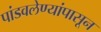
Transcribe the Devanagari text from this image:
पांडवलेण्यांपासून